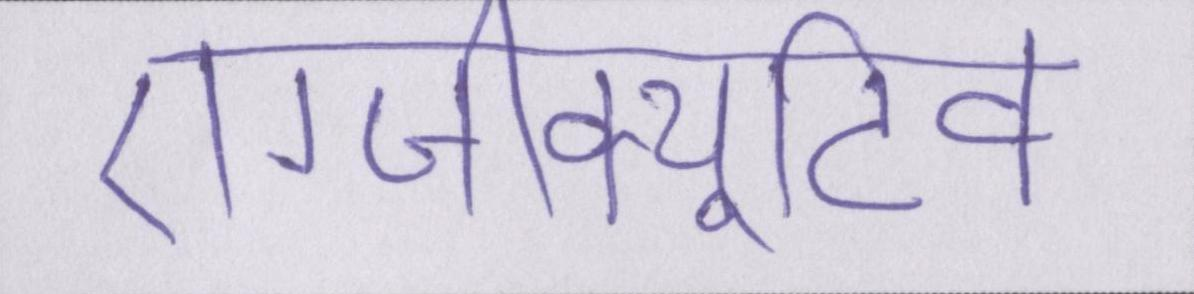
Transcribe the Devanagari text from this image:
एग्जीक्यूटिव